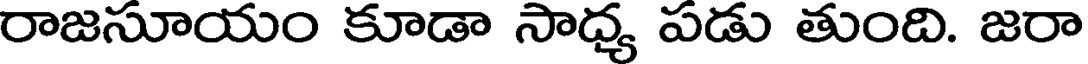
రాజసూయం కూడా సాధ్య పడు తుంది. జరా